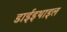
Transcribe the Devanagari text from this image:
डाईइथाइल